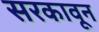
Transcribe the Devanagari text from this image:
सरकावून